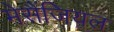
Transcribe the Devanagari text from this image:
मेसैंजियल